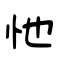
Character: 忚